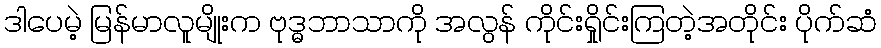
ဒါပေမဲ့ မြန်မာလူမျိုးက ဗုဒ္ဓဘာသာကို အလွန် ကိုင်းရှိုင်းကြတဲ့အတိုင်း ပိုက်ဆံ